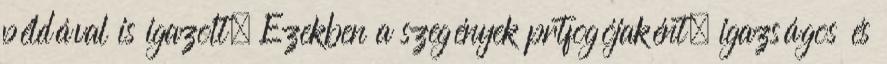
példával is igazolt. Ezekben a szegények prtfogójaként, igazságos és